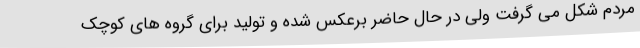
مردم شکل می گرفت ولی در حال حاضر برعکس شده و تولید برای گروه های کوچک